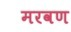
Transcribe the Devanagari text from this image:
मरवण